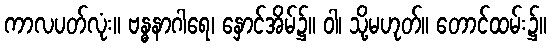
ကာလပတ်လုံး။ ဗန္ဓနာဂါရေ၊ နှောင်အိမ်၌။ ဝါ၊ သို့မဟုတ်။ တောင်ထမ်း၌။